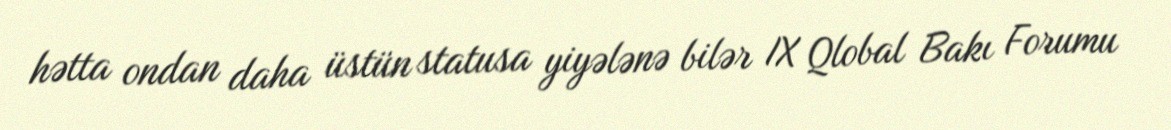
hətta ondan daha üstün statusa yiyələnə bilər IX Qlobal Bakı Forumu